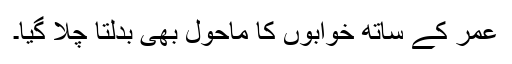
عمر کے ساتھ خوابوں کا ماحول بھی بدلتا چلا گیا۔